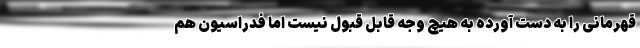
قهرمانی را به دست آورده به هیچ وجه قابل قبول نیست اما فدراسیون هم